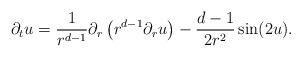
LaTeX: \begin{align*} \partial_t u=\frac{1}{r^{d-1}}\partial_r\left(r^{d-1}\partial_r u\right)-\frac{d-1}{2r^2}\sin(2u).\end{align*}